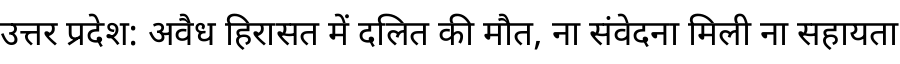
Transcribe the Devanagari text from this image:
उत्तर प्रदेश: अवैध हिरासत में दलित की मौत, ना संवेदना मिली ना सहायता